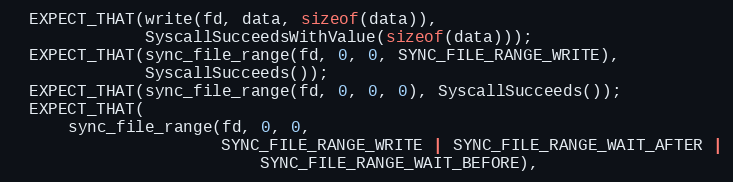
Language: C++
  EXPECT_THAT(write(fd, data, sizeof(data)),
              SyscallSucceedsWithValue(sizeof(data)));
  EXPECT_THAT(sync_file_range(fd, 0, 0, SYNC_FILE_RANGE_WRITE),
              SyscallSucceeds());
  EXPECT_THAT(sync_file_range(fd, 0, 0, 0), SyscallSucceeds());
  EXPECT_THAT(
      sync_file_range(fd, 0, 0,
                      SYNC_FILE_RANGE_WRITE | SYNC_FILE_RANGE_WAIT_AFTER |
                          SYNC_FILE_RANGE_WAIT_BEFORE),